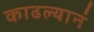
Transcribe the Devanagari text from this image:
काढल्यानं